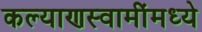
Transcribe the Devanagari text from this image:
कल्याणस्वामींमध्ये